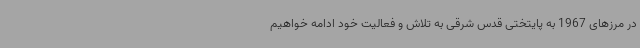
در مرزهای 1967 به پایتختی قدس شرقی به تلاش و فعالیت خود ادامه خواهیم